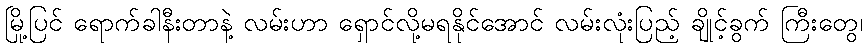
မြို့ပြင် ရောက်ခါနီးတာနဲ့ လမ်းဟာ ရှောင်လို့မရနိုင်အောင် လမ်းလုံးပြည့် ချိုင့်ခွက် ကြီးတွေ၊